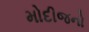
મોદીજનો